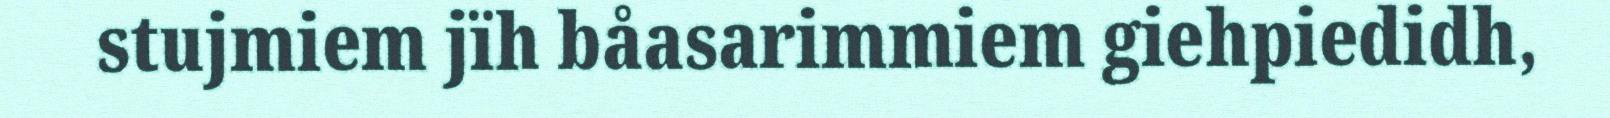
stujmiem jïh båasarimmiem giehpiedidh,